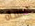
عساه